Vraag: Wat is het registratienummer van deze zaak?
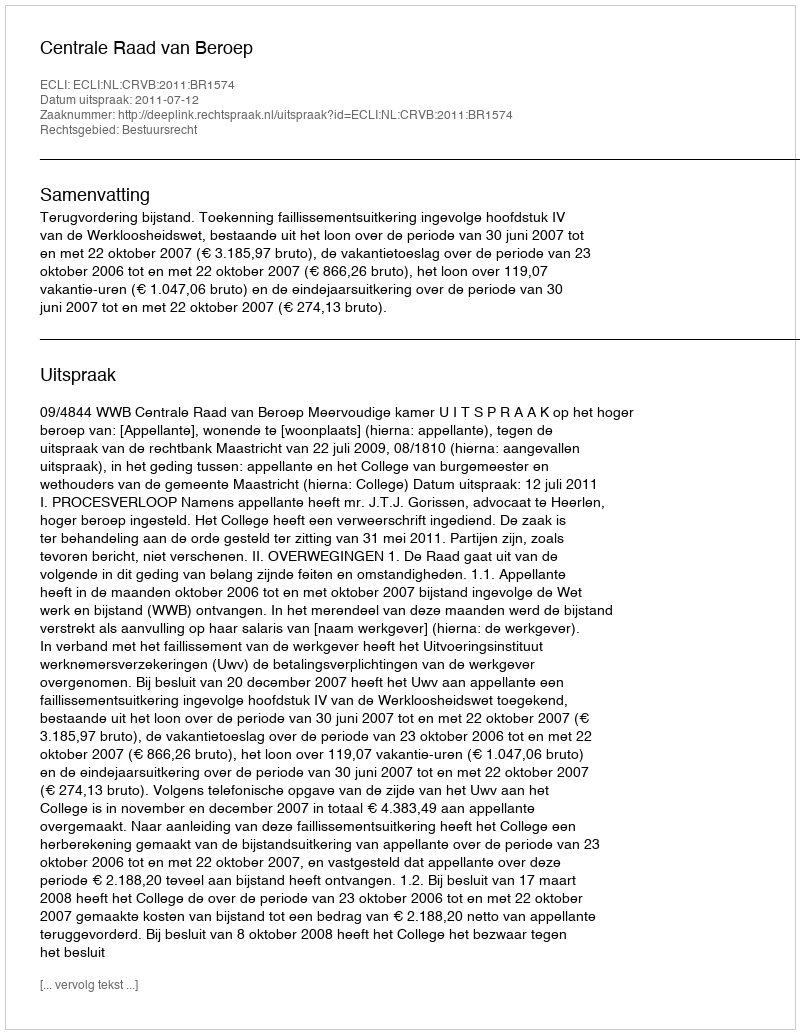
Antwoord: http://deeplink.rechtspraak.nl/uitspraak?id=ECLI:NL:CRVB:2011:BR1574